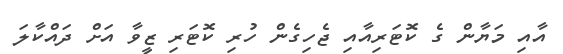
އާއި މަޔާން ގެ ކޮޓަރިއާއި ޖެހިގެން ހުރި ކޮޓަރި ޒީވާ އަށް ދައްކާލަ